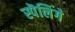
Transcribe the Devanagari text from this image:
स्पॆलिंगे